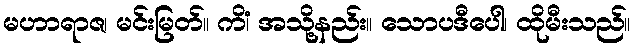
မဟာရာဇ၊ မင်းမြတ်။ ကိံ၊ အသို့နည်း။ သောပဒီပေါ၊ ထိုမီးသည်။